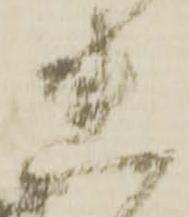
れ